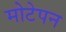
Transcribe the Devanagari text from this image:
मोटेपन